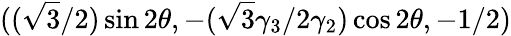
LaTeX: ((\sqrt{3}/2)\sin 2\theta,-({\sqrt{3}\gamma_{3}}/{2\gamma_{2}})\cos 2\theta,-{1}/{2})